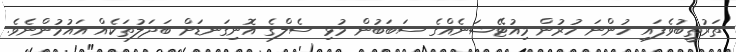
ތަރުތީބުވެފައި ހުންނަ ހުރުން މިއުޓޭޝަނެއްގެ ސަބަބުން މުޅި ސެލްގެ އޮނިގަނޑަށް ބަދަލުތަކެއް އައުމުންނެވެ.